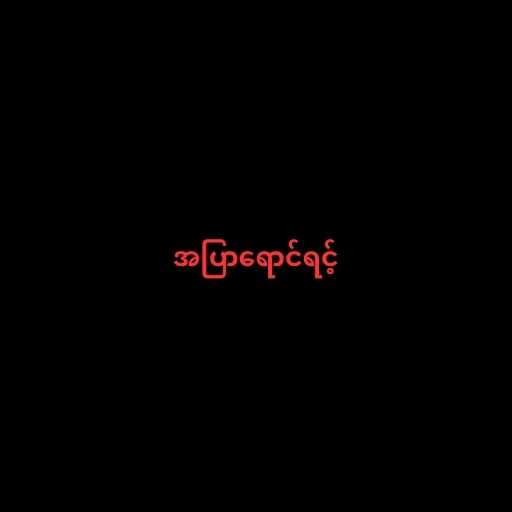
အပြာရောင်ရင့်